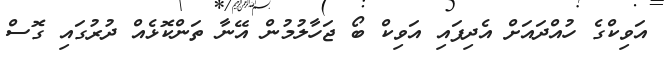
އަވިކްގެ ހުއްދައަށް އެދިފައި އަވިކް ބޯ ޖަހާލުމުން އޭނާ ތަންކޮޅެއް ދުރުގައި ގޮސް